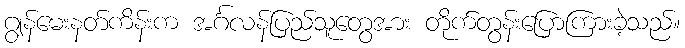
ဂျွန်မေးနတ်ကိန်းက အင်္ဂလန်ပြည်သူတွေအား တိုက်တွန်းပြောကြားခဲ့သည်။